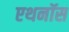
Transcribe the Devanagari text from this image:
एथनॉस